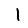
Digit: 1